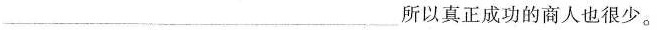
___所以真正成功的商人也很少。